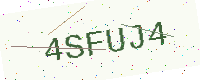
Text: 4SFUJ4